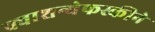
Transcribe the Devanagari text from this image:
क्वाशन्येफस्कीने